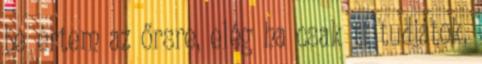
be értem az őrsre, elég ha csak ti tudjátok,